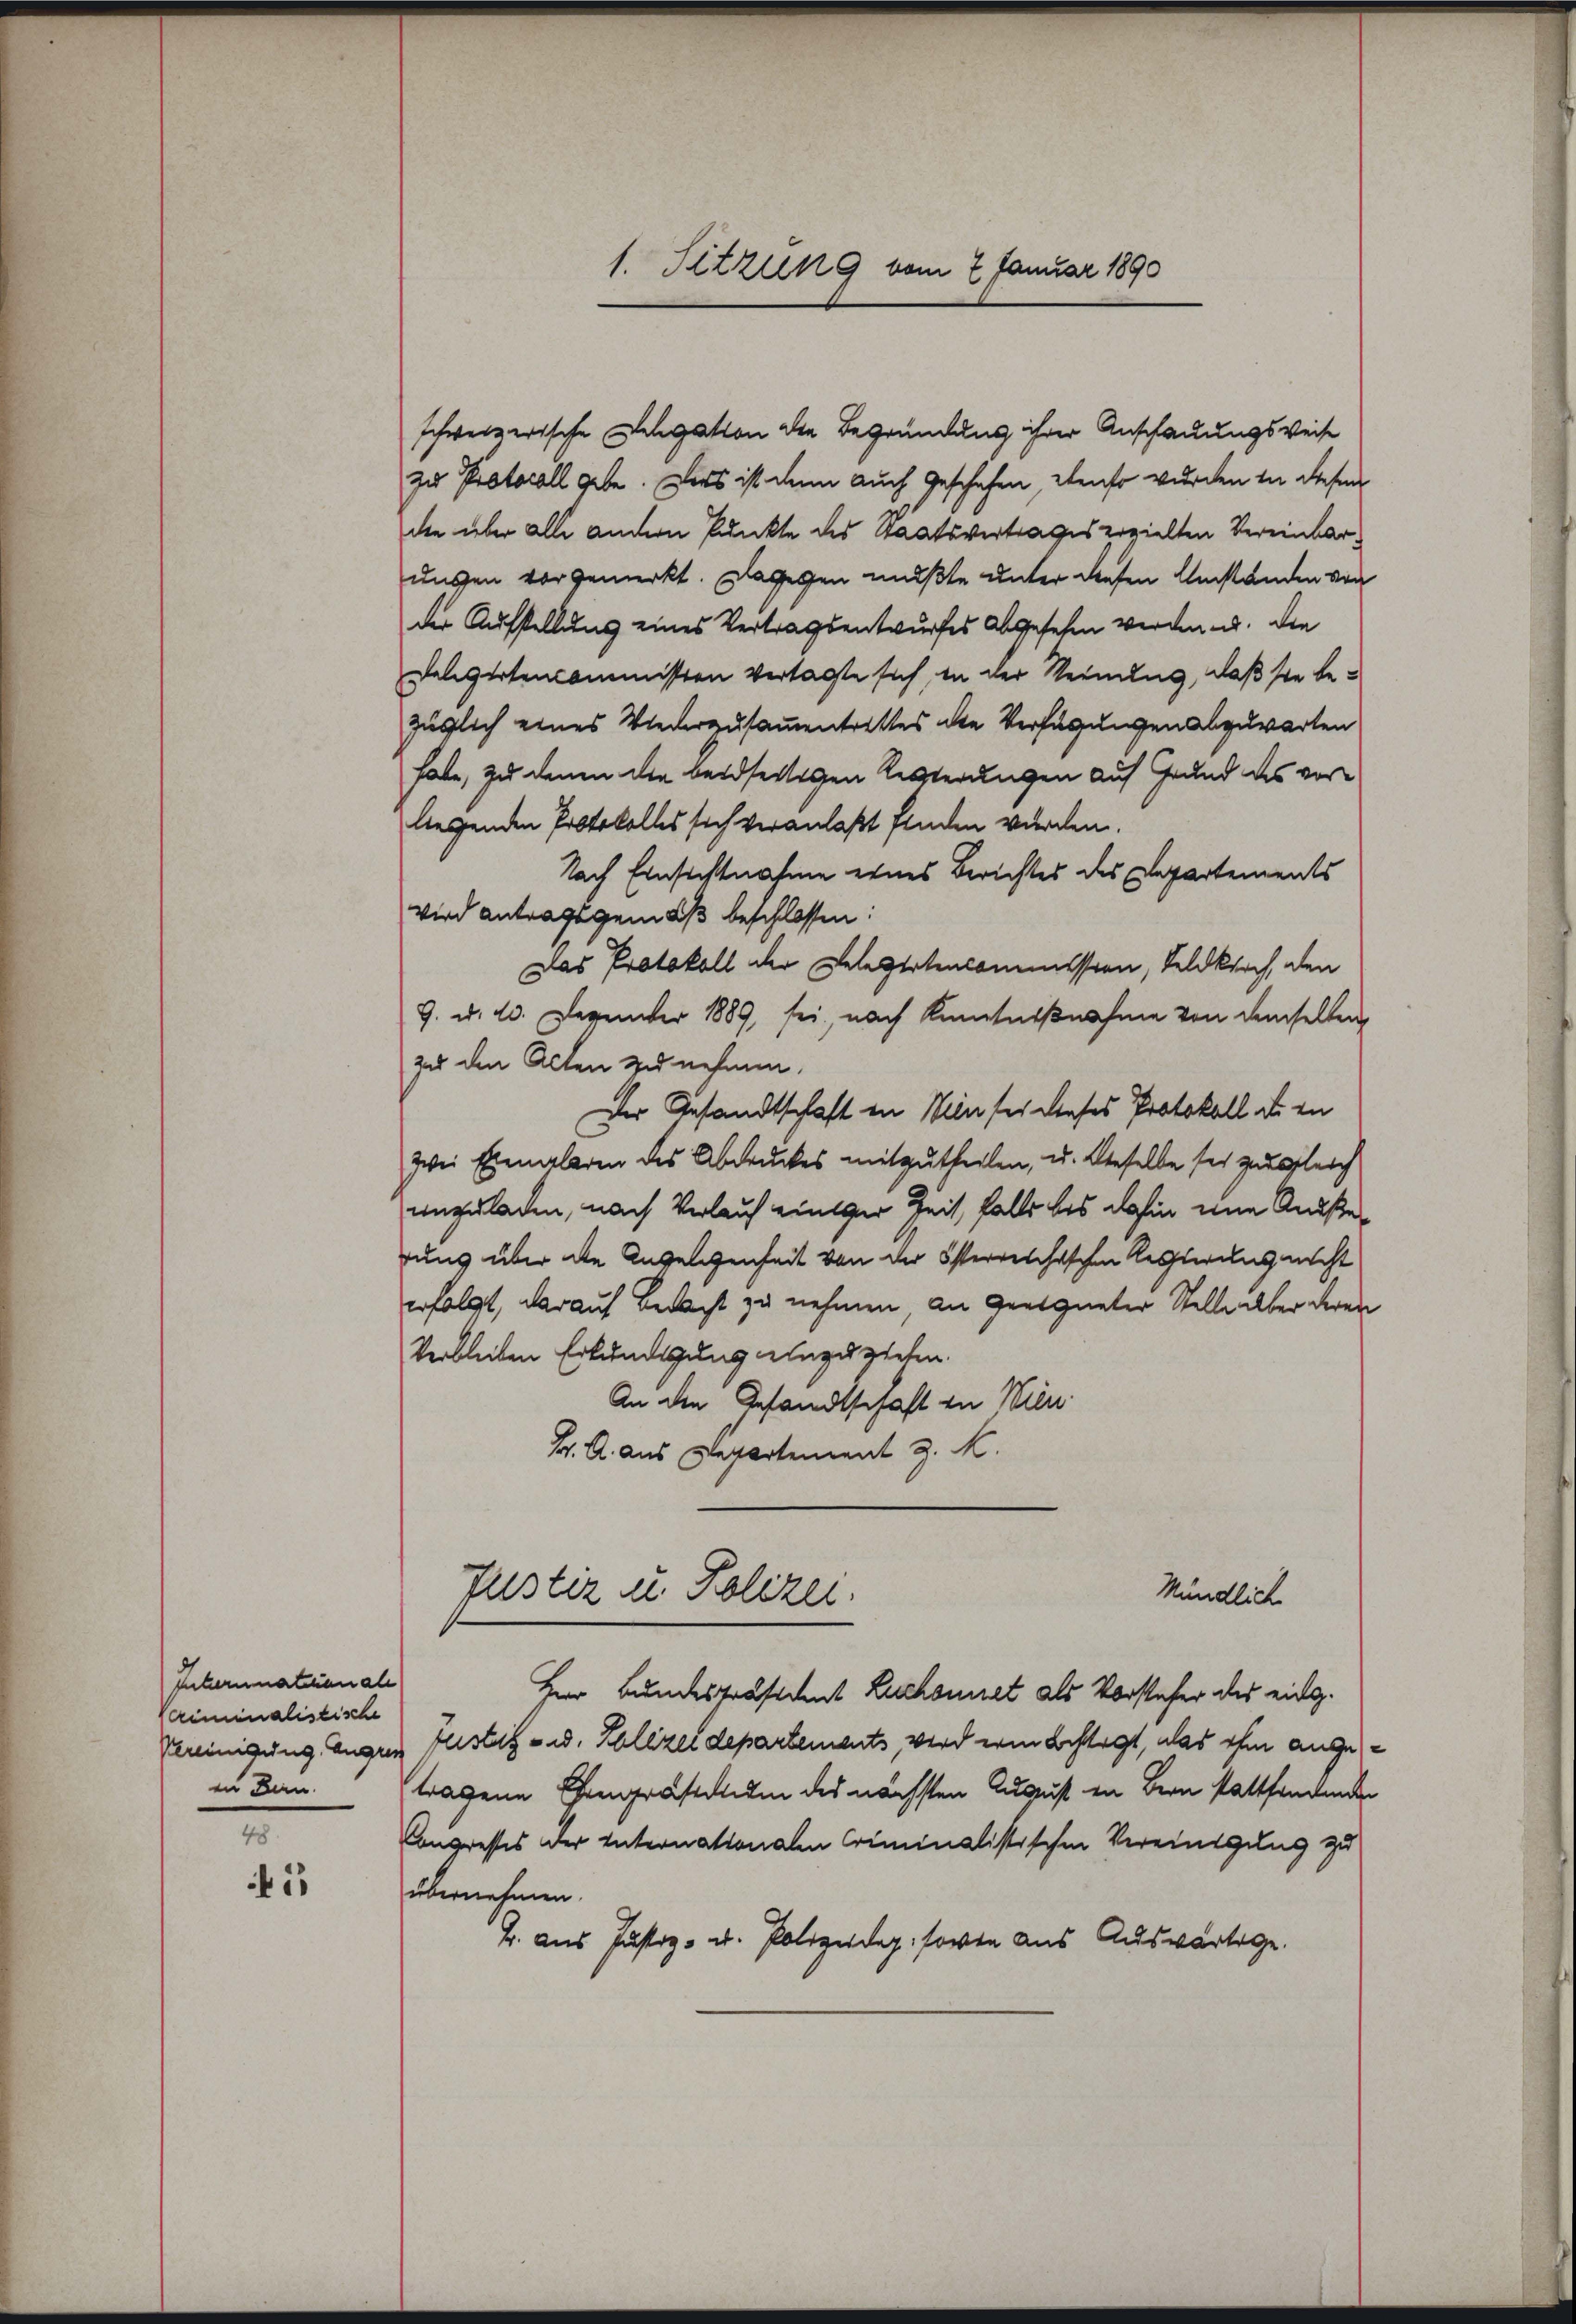
Internationale
Vriminalistische
in Bern.

48
5

1. Sitzung vom 7. Januar 1890

schweizerische Legation der Begründung ihrer Anschauungsweise
zu Protocoll gebe. Ders ist dann auch geschehen, ebenso wurden in diesen
die über alle andern Punkte des Staatsvertrages erzielten Vereinbarunsen vorgemerkt. Dagegen mußte unter diesen Umständen von
der Aufstellung eines Vertragsentwurfes abgesehen werden. Die
Seligirtenkommission vertagte sich, in der Meinung, daß sie bezüglich eines Wiederzusammentrittes die Verfügungen abzuwarten
habe, zu denen die beidseitigen Regierungen auf Grund des vorliegenden Protokolles sich veranlaßt finden wurden.
Nach Einsichtnahme eines Berichtes des Departements
wird antragsgemäß beschlossen:
Das Protokoll der Delegirtencommission, Feldkirch, den
9. d. 23. Dezember 1889 sei, nach Kenntnißnahme von demselben,
zu den Acten zu nehmen.
Der Gesandtschaft in Winter dieses Protokoll de en
zwei Exemplaren des Abdruckes mitzutheilen, u. dieselbe sei zugleich
unzuladen, nach Verlauf einiger Zeit, falls bis dahin eine Auße
rung über die Angelegenheit von der österreichischen Kessierung nicht
erfolgt, darauf Bedacht zu nehmen, an geeigneter Stelle aber deren
Verbleiben Erkundigung einzuziehen.
An die Gesandtschaft zu Wien
Br. A. aus Departement z. K.
Justiz u. Polizei.
Mündlich
Herr Bundespräsident Lichonet als Vorsteher des eidg.
Pereinigung Augen Fristag - u. Polizeidepartements, wird erin bestagt, das ihm angetragene Eingrästum des nächsten August in Bern stattfandenden
Congresses der Internationalen Criminalistischen Vereinigung zu
übernehmen.
B. aus Justiz- u. Polizeidig, sowie aus Auswärtige.